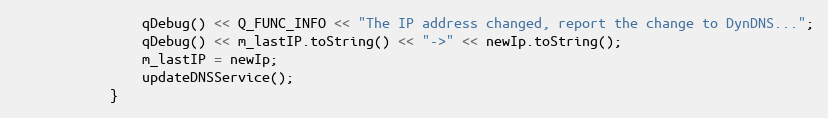
Language: C++
                qDebug() << Q_FUNC_INFO << "The IP address changed, report the change to DynDNS...";
                qDebug() << m_lastIP.toString() << "->" << newIp.toString();
                m_lastIP = newIp;
                updateDNSService();
            }